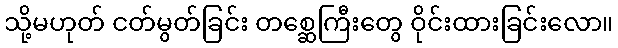
သို့မဟုတ် ငတ်မွတ်ခြင်း တစ္ဆေကြီးတွေ ဝိုင်းထားခြင်းလော။